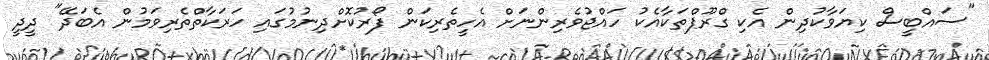
"ސައްބީސް ކިޔަވާކުދިން އެކި ގްރޫޕްތަކާއެކު ހައްޖުވެރިންނަށް އެހީތެރިކަން ފޯރުކޮށްދިނުމުގައި ހަރަކާތްތެރިވަމުން އެބަދޭ" ދީދީ